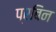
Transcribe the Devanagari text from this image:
प्रबिन